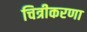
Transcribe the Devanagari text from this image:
चित्रीकरणा